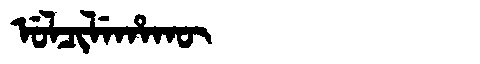
Manchu: ᡠᠯᠴᡳᠯᡝᡥᠠᡴᡡ
Romanization: ULCILEHAKŪ